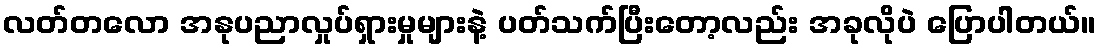
လတ်တလော အနုပညာလှုပ်ရှားမှုများနဲ့ ပတ်သက်ပြီးတော့လည်း အခုလိုပဲ ပြောပါတယ်။